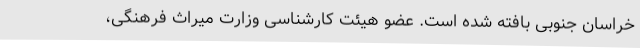
خراسان جنوبی بافته شده است. عضو هیئت کارشناسی وزارت میراث فرهنگی،